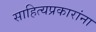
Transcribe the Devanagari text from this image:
साहित्यप्रकारांना